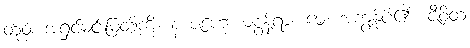
တုဝံ၊ အရှင်မင်းမြတ်ကို။ န ဇဟေ၊ မစွန့်ရာ။ မေ၊ အကျွန်ုပ်၏။ ဇီဝိတံ